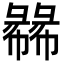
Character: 㣈